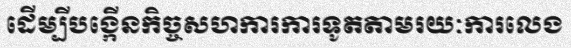
ដើម្បីបង្កើនកិច្ចសហការការទូតតាមរយៈការលេង